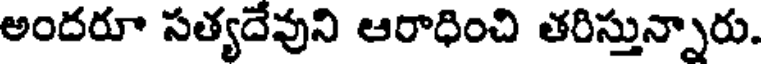
అందరూ సత్యదేవుని ఆరాధించి తరిస్తున్నారు.